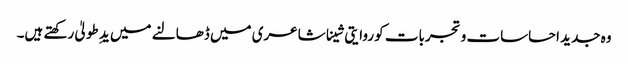
وہ جدید احساسات و تجربات کو روایتی شینا شاعری میں ڈھالنے میں یدِ طولیٰ رکھتے ہیں۔